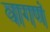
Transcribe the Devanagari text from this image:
वागणं